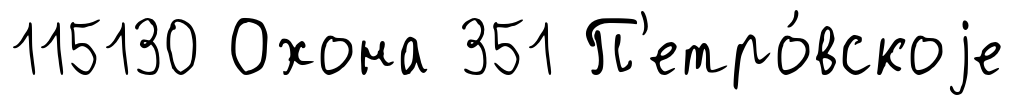
115130 Охона 351 П'етро́вскоjе